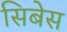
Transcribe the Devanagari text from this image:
सिबेस